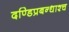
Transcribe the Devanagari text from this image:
दण्डिप्रबन्धाश्च